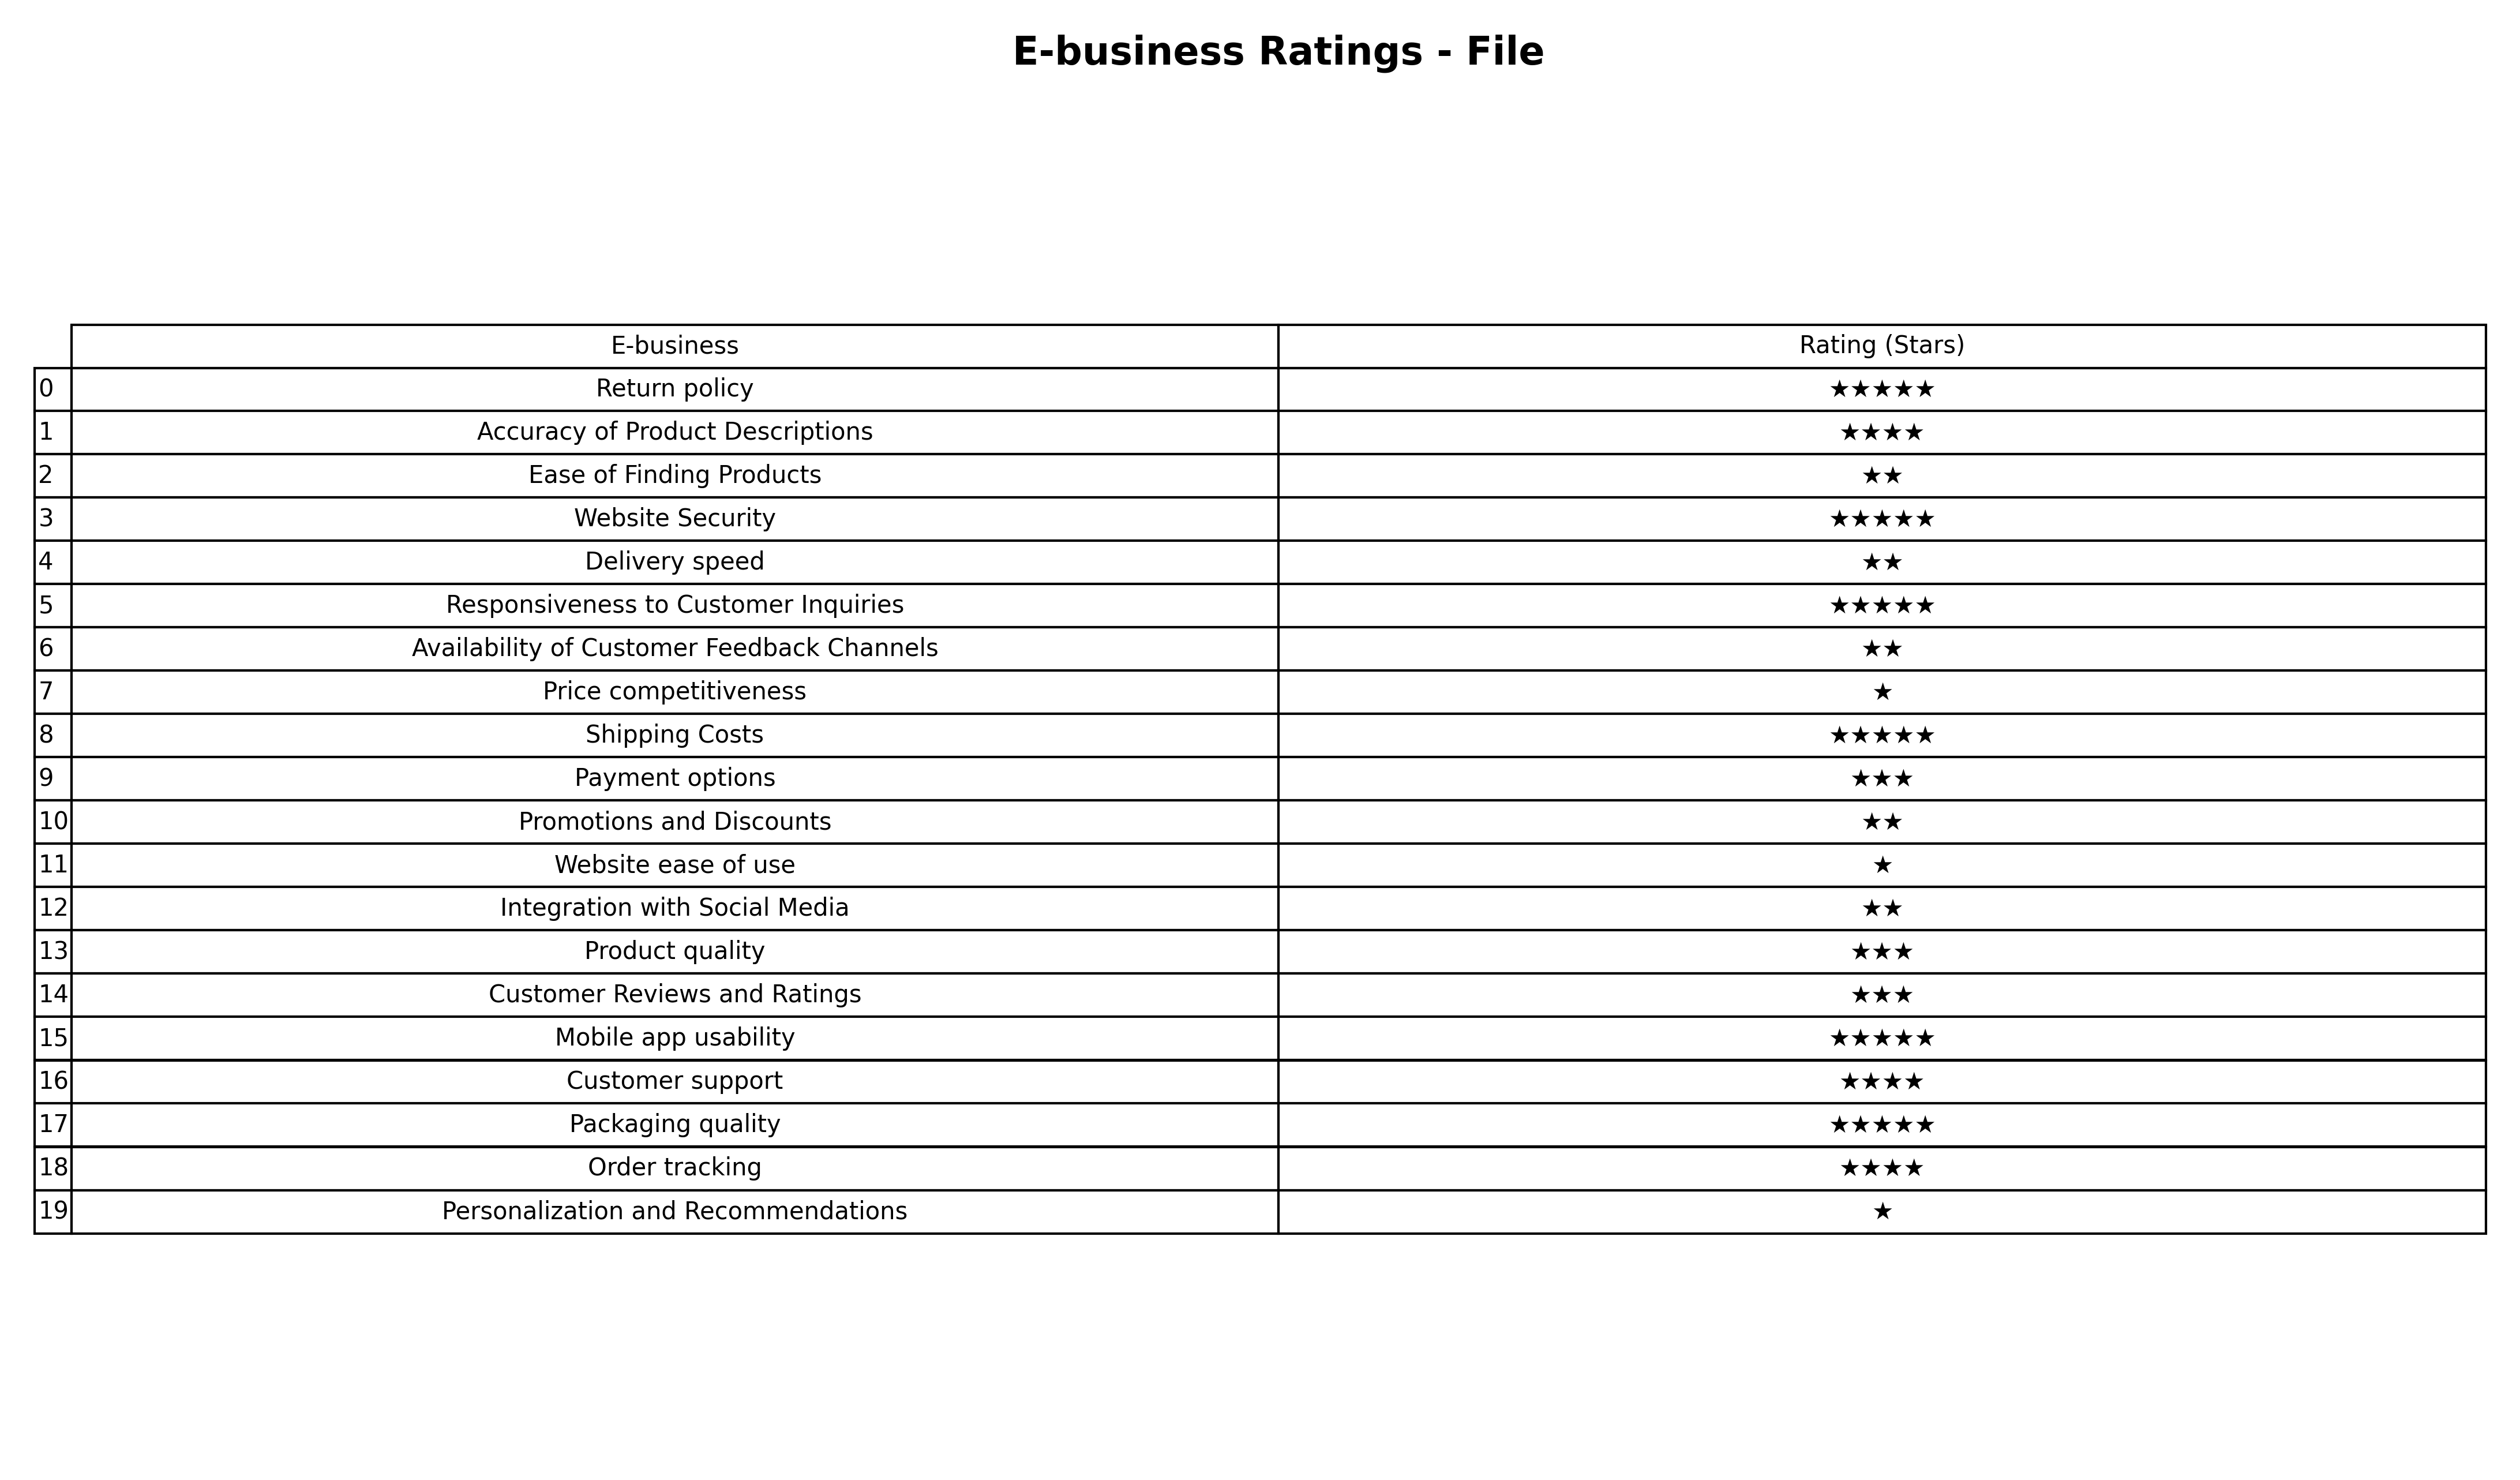
question: What are two star services?
answer: Ease of Finding ProductsDelivery speedAvailability of Customer Feedback ChannelsPromotions and DiscountsIntegration with Social Media